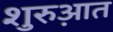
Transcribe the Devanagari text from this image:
शुरुआ़त